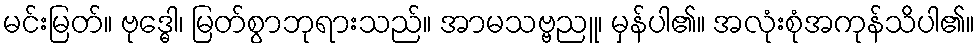
မင်းမြတ်။ ဗုဒ္ဓေါ၊ မြတ်စွာဘုရားသည်။ အာမသဗ္ဗညူ၊ မှန်ပါ၏။ အလုံးစုံအကုန်သိပါ၏။